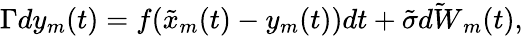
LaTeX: \Gamma dy_{m}(t)=f(\tilde{x}_{m}(t)-y_{m}(t))dt+\tilde{\sigma}\tilde{dW}_{m}(t),